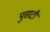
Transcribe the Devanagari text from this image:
पुसाटी